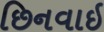
છિનવાઇ